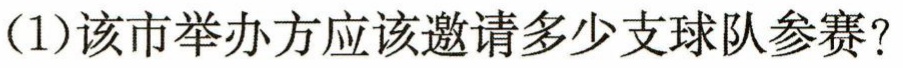
(1)该市举办方应该邀请多少支球队参赛？